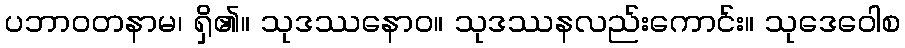
ပဘာဝတနာမ၊ ရှိ၏။ သုဒဿနောဝ။ သုဒဿနလည်းကောင်း။ သုဒေဝေါစ